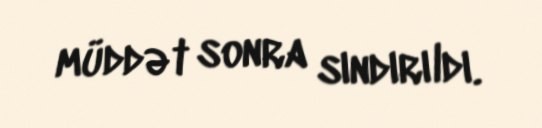
müddət sonra sındırıldı.